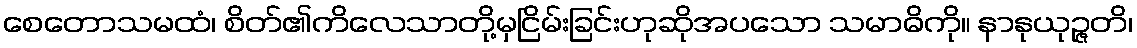
စေတောသမထံ၊ စိတ်၏ကိလေသာတို့မှငြိမ်းခြင်းဟုဆိုအပသော သမာဓိကို။ နာနုယုဉ္ဇတိ၊